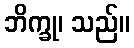
ဘိက္ခု၊ သည်။